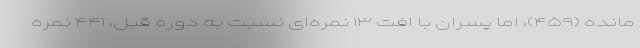
مانده (۴۵۹)، اما پسران با افت ۱۳ نمره‌ای نسبت به دوره قبل، ۴۴۱ نمره